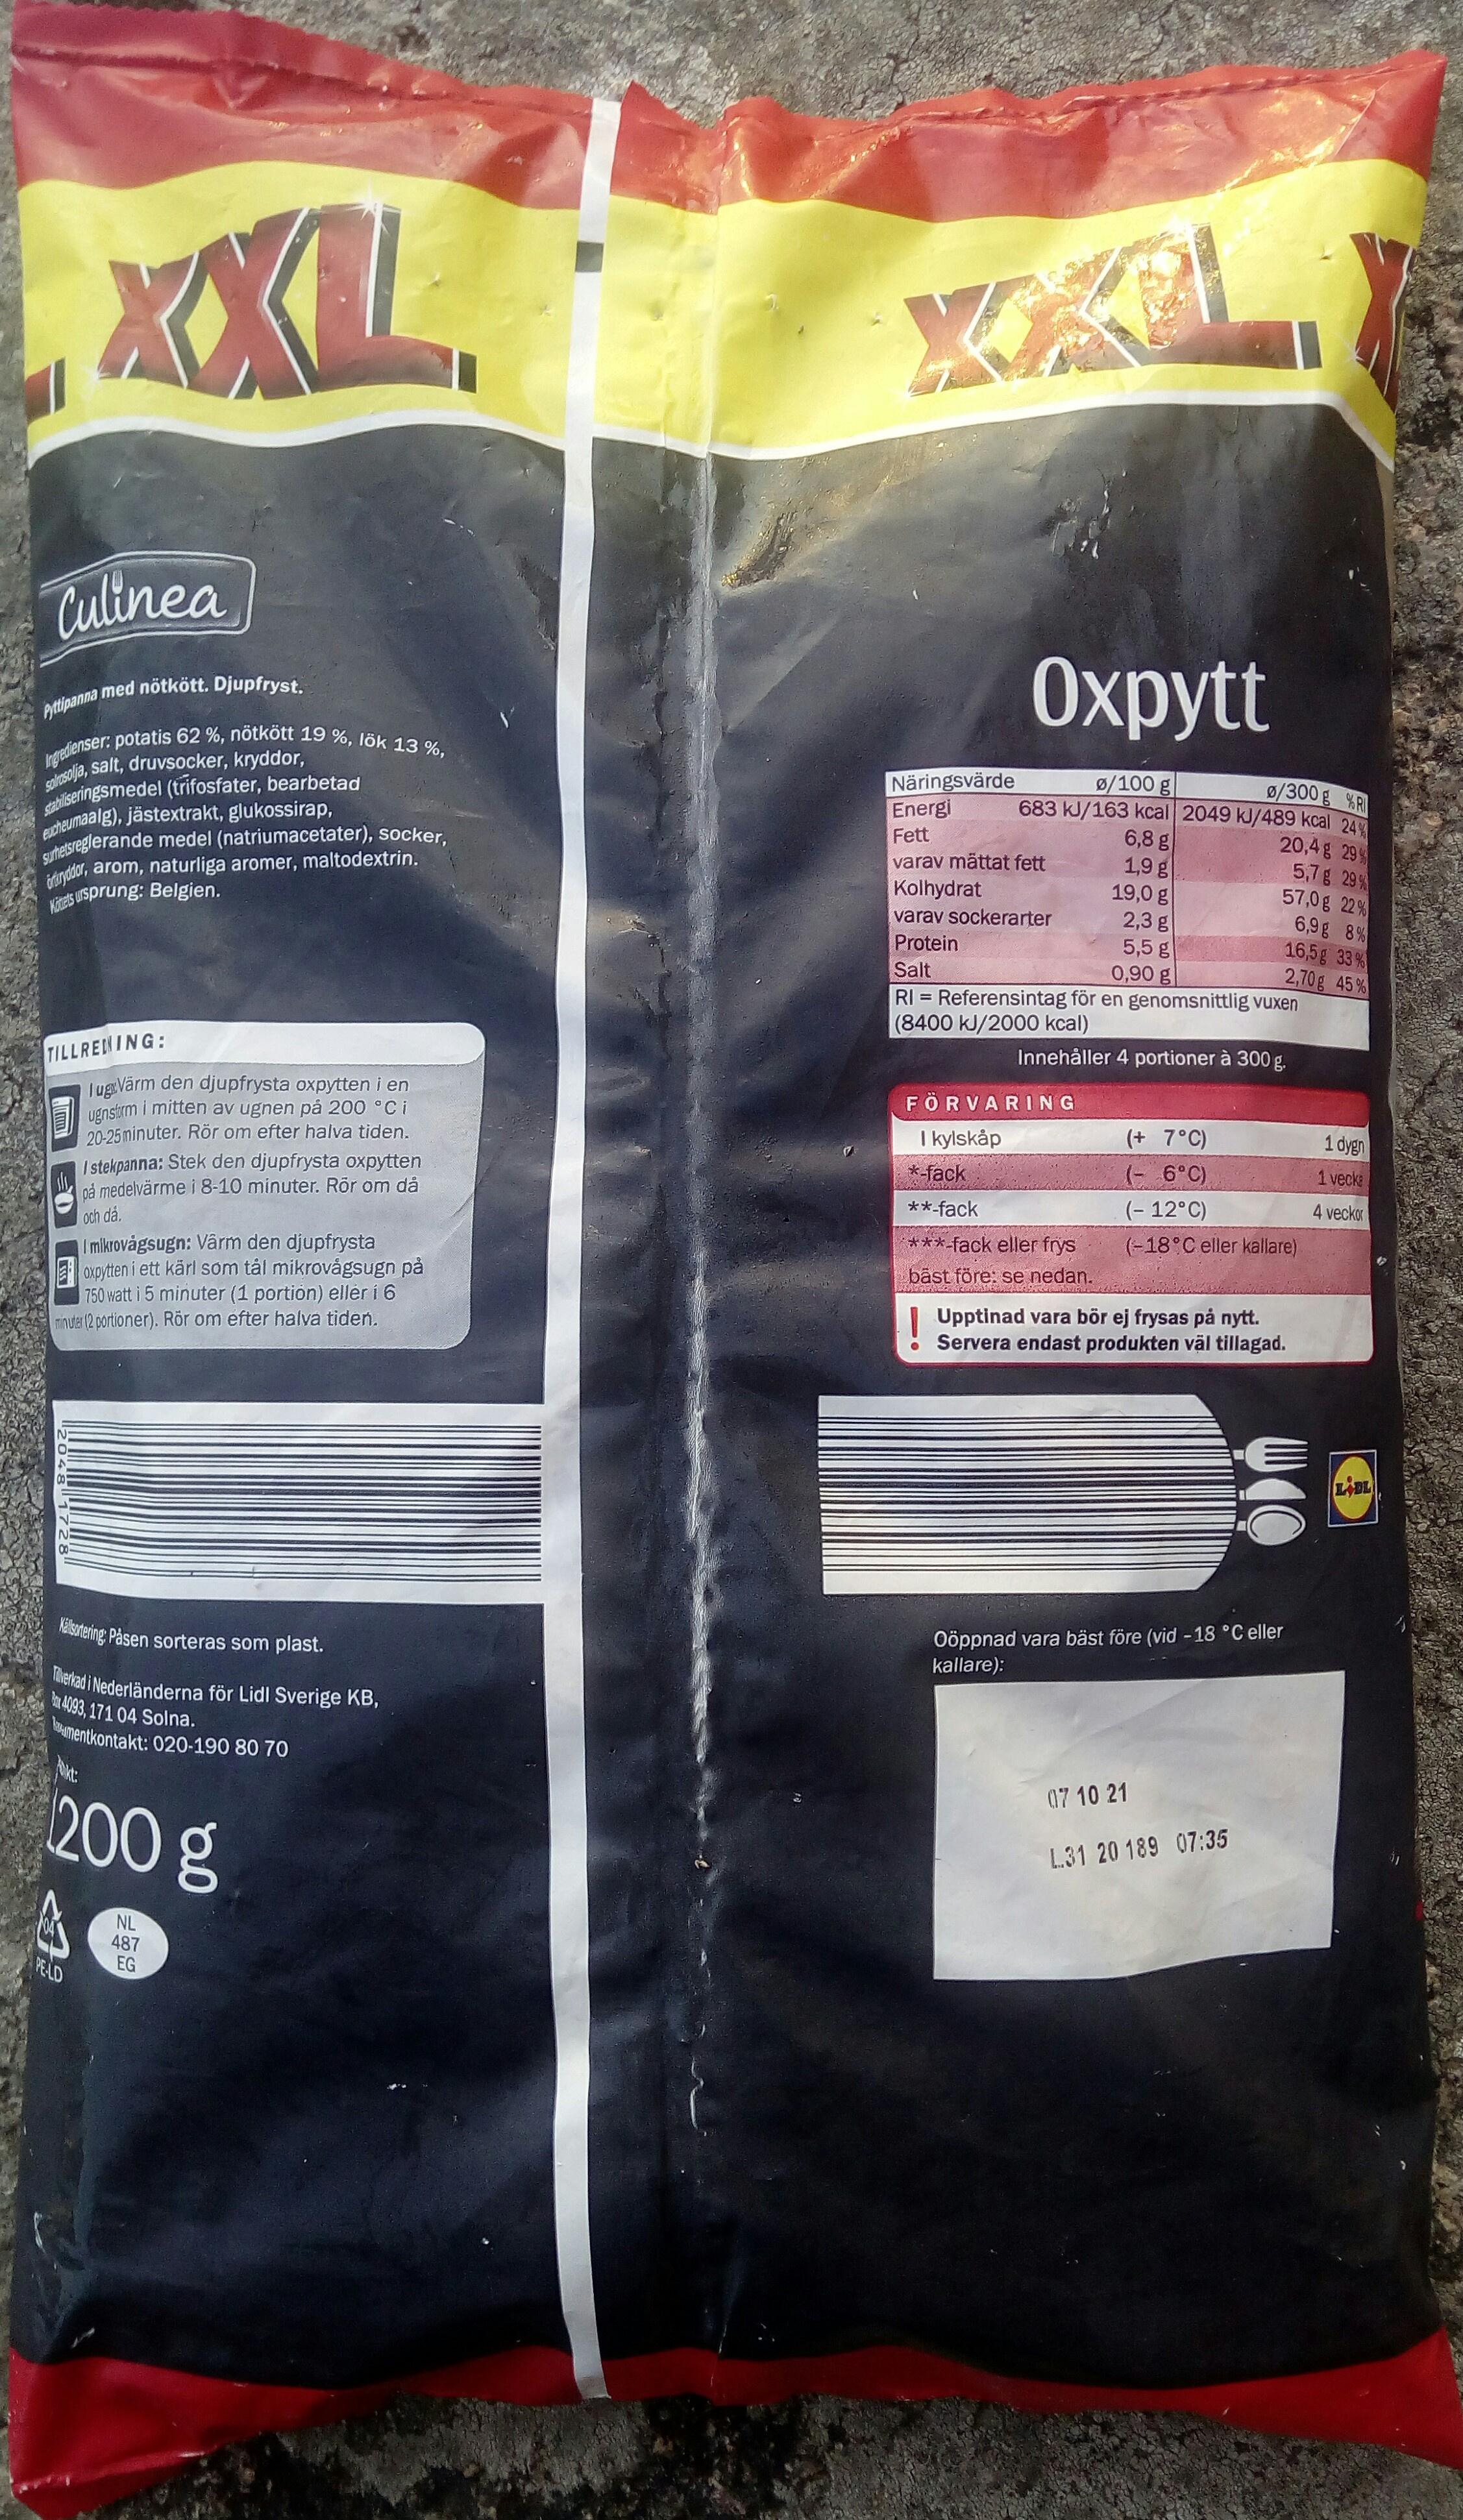
Tulinea
Охрytt
med nötkött. Djupfryst.
Pyttipanna
Ingedienser: potatis 62 %, nötkött 19 %, lök 13 %, solosolja, salt, druvsocker, kryddor, sabilseringsmedel (trifosfater, bearbetad acheumaalg), jästextrakt, glukossirap, hetsreglerande medel (natriumacetater), socker, tanddar, arom, naturliga aromer, maltodextrin. KTES USprung: Belgien.
Näringsvärde Energi Fett
ø/100 g 683 kJ/163 kcal 2049 kJ/489 kcal 24 6,8 g 1,9 g 19,0 g 2,3 g 5,5 g 0,90 g RI = Referensintag för en genomsnittlig vuxen
ø/300g %R
varav mättat fett Kolhydrat varav sockerarter Protein Salt
20,4g 299 5,7g 29 % 57,0g 22 % 6,9g 8% 16,5g 33% 2,70g 45%
(8400 kJ/2000 kcal)
TILLRENING: |ugVärm den djupfrysta oxpytten i en ugnstrm i mitten av ugnen på 200 °C i 20-25 minuter. Rör om efter halva tiden. I stekpanna: Stek den djupfrysta oxpytten på medelvärme i 8-10 minuter. Rör om då och då. I mikrovágsugn: Vârm den djupfrysta oxpytten i ett kärl sơm tál mikrovágsugn på 750 watt i 5 minuter (1 portion) ellér í 6 minutar(2 portioner). Rör om efter halva tiden.
Innehåller 4 portioner à 300 g.
FÖRVARING
(+ 7°C)
1 dygn
I kylskåp *-fack
(- 6°C)
1 vecka
**-fack
(- 12°C)
4 veckor
***-fack eller frys
(-18°C eller kallare)
bäst före: se nedan.
Upptinad vara bör ej frysas på nytt. Servera endast produkten väl tillagad.
LBL
Ööppnad vara bäst före (vid -18 °C eller kallare):
Naisurering: Påsen sorteras som plast.
erad i Nederländerna för Lidl Sverige KB, n 4093, 171 04 Solna. mentkontakt: 020-190 80 70
07 10 21
200 g
L.31 20 189 07:35
NL 487 EG
PELD
2048 1728"